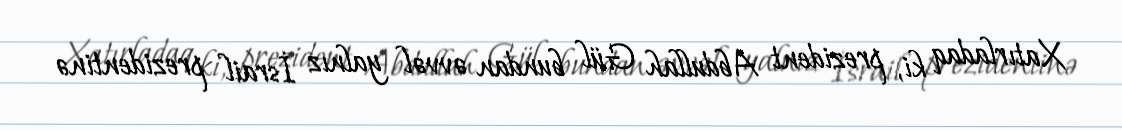
Xatırladaq ki, prezident Abdullah Gül bundan əvvəl yalnız İsrail prezidentinə